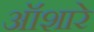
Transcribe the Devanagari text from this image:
ऑशारे